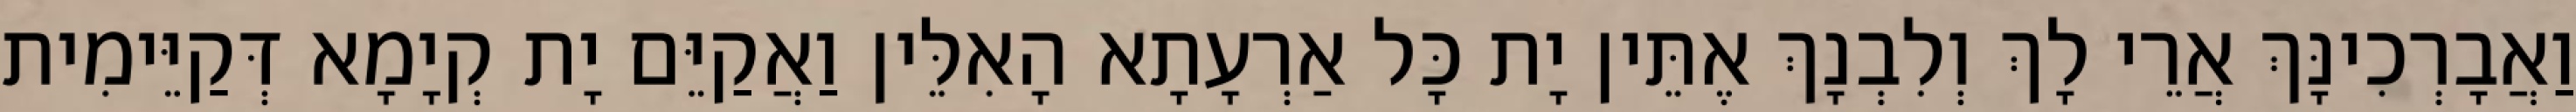
וַאֲבָרְכִינָּךְ אֲרֵי לָךְ וְלִבְנָךְ אֶתֵּין יָת כָּל אַרְעָתָא הָאִלֵּין וַאֲקַיֵּם יָת קְיָמָא דְּקַיֵּימִית